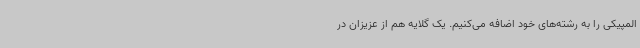
المپیکی را به رشته‌های خود اضافه می‌کنیم. یک گلایه هم از عزیزان در